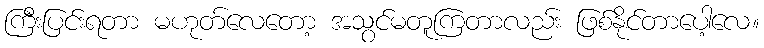
ကြီးပြင်းရတာ မဟုတ်လေတော့ အသွင်မတူကြတာလည်း ဖြစ်နိုင်တာပေါ့လေ။